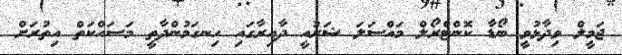
ޖަމީލް ވިދާޅުވީ ބޯޑާ ކޮންޓްރޯލް މައްސަލަ ޝަރުއީ ދާއިރާގައި ހިނގަމުންދާތީ މަސައްކަތް އިތުރަށް